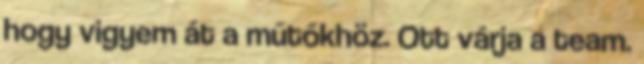
hogy vigyem át a műtőkhöz. Ott várja a team.